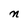
Character: n